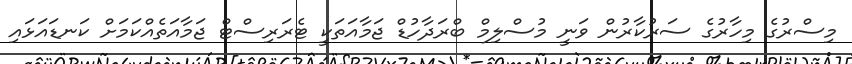
މިސްރުގެ މިހާރުގެ ސަރުކާރުން ވަނީ މުސްލިމް ބްރަދާހުޑް ޖަމާއަތަކީ ޓެރަރިސްޓް ޖަމާއަތެއްކަމަށް ކަނޑައަޅައި